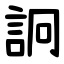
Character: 詗